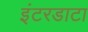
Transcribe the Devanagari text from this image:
इंटरडाटा